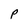
Character: p